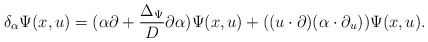
\begin{align*}\delta_{\alpha}\Psi(x,u) =(\alpha\partial + \frac{\Delta_{\Psi}}{D}\partial \alpha )\Psi(x,u) +((u\cdot \partial) (\alpha\cdot\partial_u))\Psi(x,u).\end{align*}